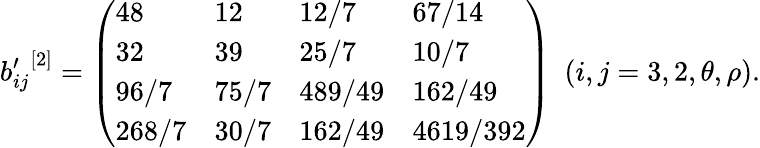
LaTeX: {b_{ij}^{\prime}}^{[2]}=\left(\begin{array}{llll}{{48}}&{{12}}&{{12/7}}&{{67/14}}\\ {{32}}&{{39}}&{{25/7}}&{{10/7}}\\ {{96/7}}&{{75/7}}&{{489/49}}&{{162/49}}\\ {{268/7}}&{{30/7}}&{{162/49}}&{{4619/392}}\end{array}\right)\ \ (i,j=3,2,\theta,\rho).